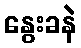
နွေးခနဲ